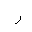
Letter: _ra